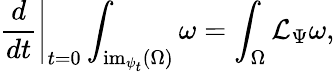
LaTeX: \left.{\frac{d}{dt}}\right|_{t=0}\int_{{\mathrm{im}}_{\psi_{t}}(\Omega)}\omega=\int_{\Omega}{\mathcal{L}}_{\Psi}\omega,